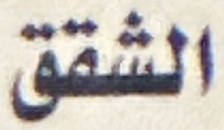
الشقق